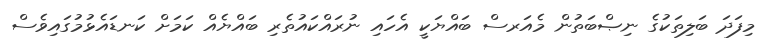
މިފަދަ ބަލިތަކުގެ ނިޞްބަތުން މެއަރސް ބައްޔަކީ އެހައި ނުރައްކައުތެރި ބައްޔެއް ކަމަށް ކަނޑައެޅުމުގައިވެސް